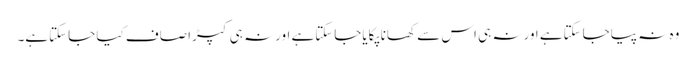
وہ نہ پیاجاسکتاہے اورنہ ہی اس سے کھانا پکایاجاسکتاہے اورنہ ہی کپڑا صاف کیا جاسکتاہے۔